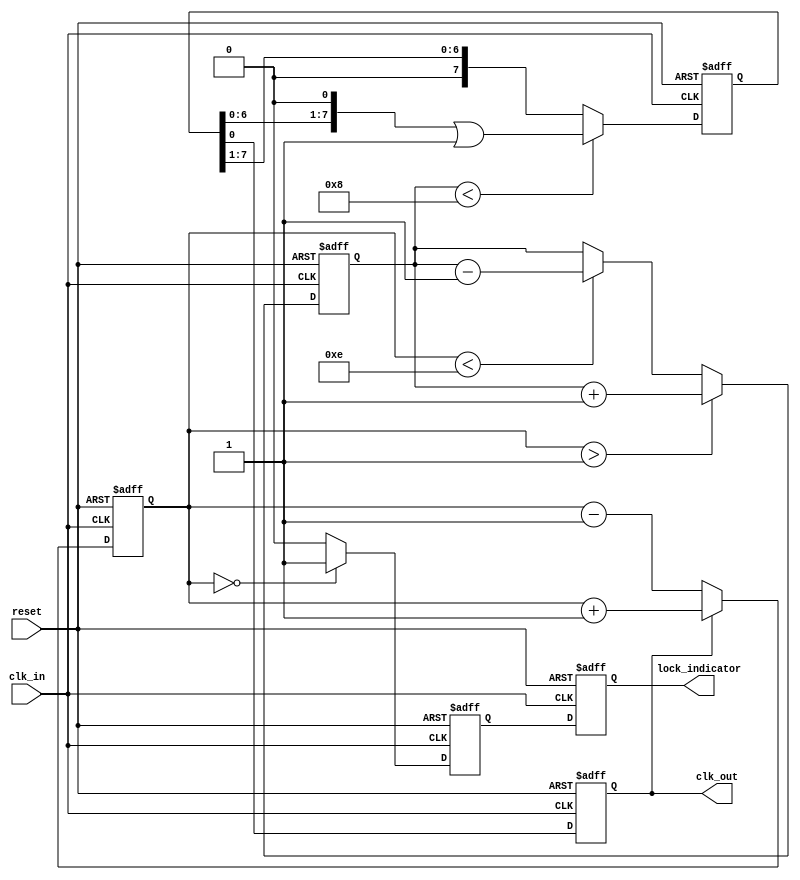
module MemoryBlocksDLL (
    input wire clk_in,           // Input clock signal
    input wire reset,            // Asynchronous reset
    output reg clk_out,          // Output clock signal
    output reg lock_indicator     // Lock indicator signal
);

// Parameters
parameter NUM_DELAY_ELEMENTS = 8; // Number of delay elements
parameter DELAY_STEP = 1;          // Delay step size

// Internal signals
reg [NUM_DELAY_ELEMENTS-1:0] delay_elements; // Delay elements (memory blocks)
reg [3:0] phase_error;                     // Phase error signal
reg [3:0] delay_control;                   // Control signal for delay adjustment
reg phase_locked;                          // Phase lock status

// Phase Detector
always @(posedge clk_in or posedge reset) begin
    if (reset) begin
        phase_error <= 0;
    end else begin
        // Simple phase comparison (example)
        if (clk_out) begin
            phase_error <= phase_error + 1; // Increment error if output is leading
        end else begin
            phase_error <= phase_error - 1; // Decrement error if output is lagging
        end
    end
end

// Control Logic
always @(posedge clk_in or posedge reset) begin
    if (reset) begin
        delay_control <= 0;
        phase_locked <= 0;
    end else begin
        // Adjust delay based on phase error
        if (phase_error > 4'b0001) begin
            delay_control <= delay_control + DELAY_STEP; // Increase delay
        end else if (phase_error < 4'b1110) begin
            delay_control <= delay_control - DELAY_STEP; // Decrease delay
        end

        // Check if locked
        if (phase_error == 0) begin
            phase_locked <= 1;
        end else begin
            phase_locked <= 0;
        end
    end
end

// Delay Elements (Memory Blocks)
always @(posedge clk_in or posedge reset) begin
    if (reset) begin
        delay_elements <= 0;
        clk_out <= 0;
    end else begin
        // Shift the delay elements based on control signal
        if (delay_control < NUM_DELAY_ELEMENTS) begin
            delay_elements <= (delay_elements << 1) | 1'b1; // Enable new delay
        end else begin
            delay_elements <= (delay_elements >> 1); // Disable oldest delay
        end

        // Generate output clock based on delay elements
        clk_out <= delay_elements[0]; // Example: use the first delay element
    end
end

// Lock Indicator
always @(posedge clk_in or posedge reset) begin
    if (reset) begin
        lock_indicator <= 0;
    end else begin
        lock_indicator <= phase_locked; // Update lock indicator
    end
end

endmodule